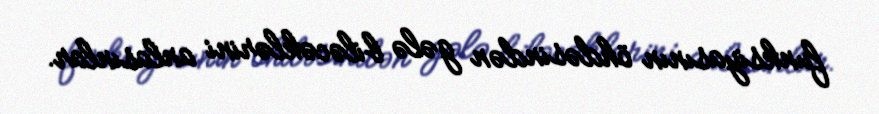
funksiyasının öhdəsindən gələ biləcəklərini anlasınlar.